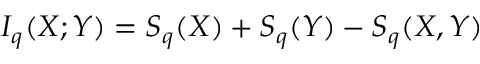
I _ { q } ( X ; Y ) = S _ { q } ( X ) + S _ { q } ( Y ) - S _ { q } ( X , Y )